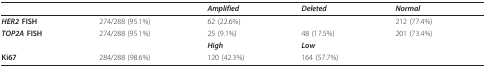
|  |  | Amplified | Deleted | Normal |
 | --- | --- | --- | --- | --- |
 | HER2 FISH | 274/288 (95.1%) | 62 (22.6%) |  | 212 (77.4%) |
 | TOP2A FISH | 274/288 (95.1%) | 25 (9.1%) | 48 (17.5%) | 201 (73.4%) |
 |  |  | High | Low |  |
 | Ki67 | 284/288 (98.6%) | 120 (42.3%) | 164 (57.7%) |  |